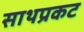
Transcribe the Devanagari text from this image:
साथप्रकट